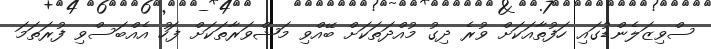
ސްވިޒަލެންޑުގައި ހަފުތާއަކަށް ވުރެ ދިގު މުއްދަތަކަށް ބޭއްވި މަޝްވަރާތަކަށް ފަހު އެއްބަސްވި ފުރަތަމަ